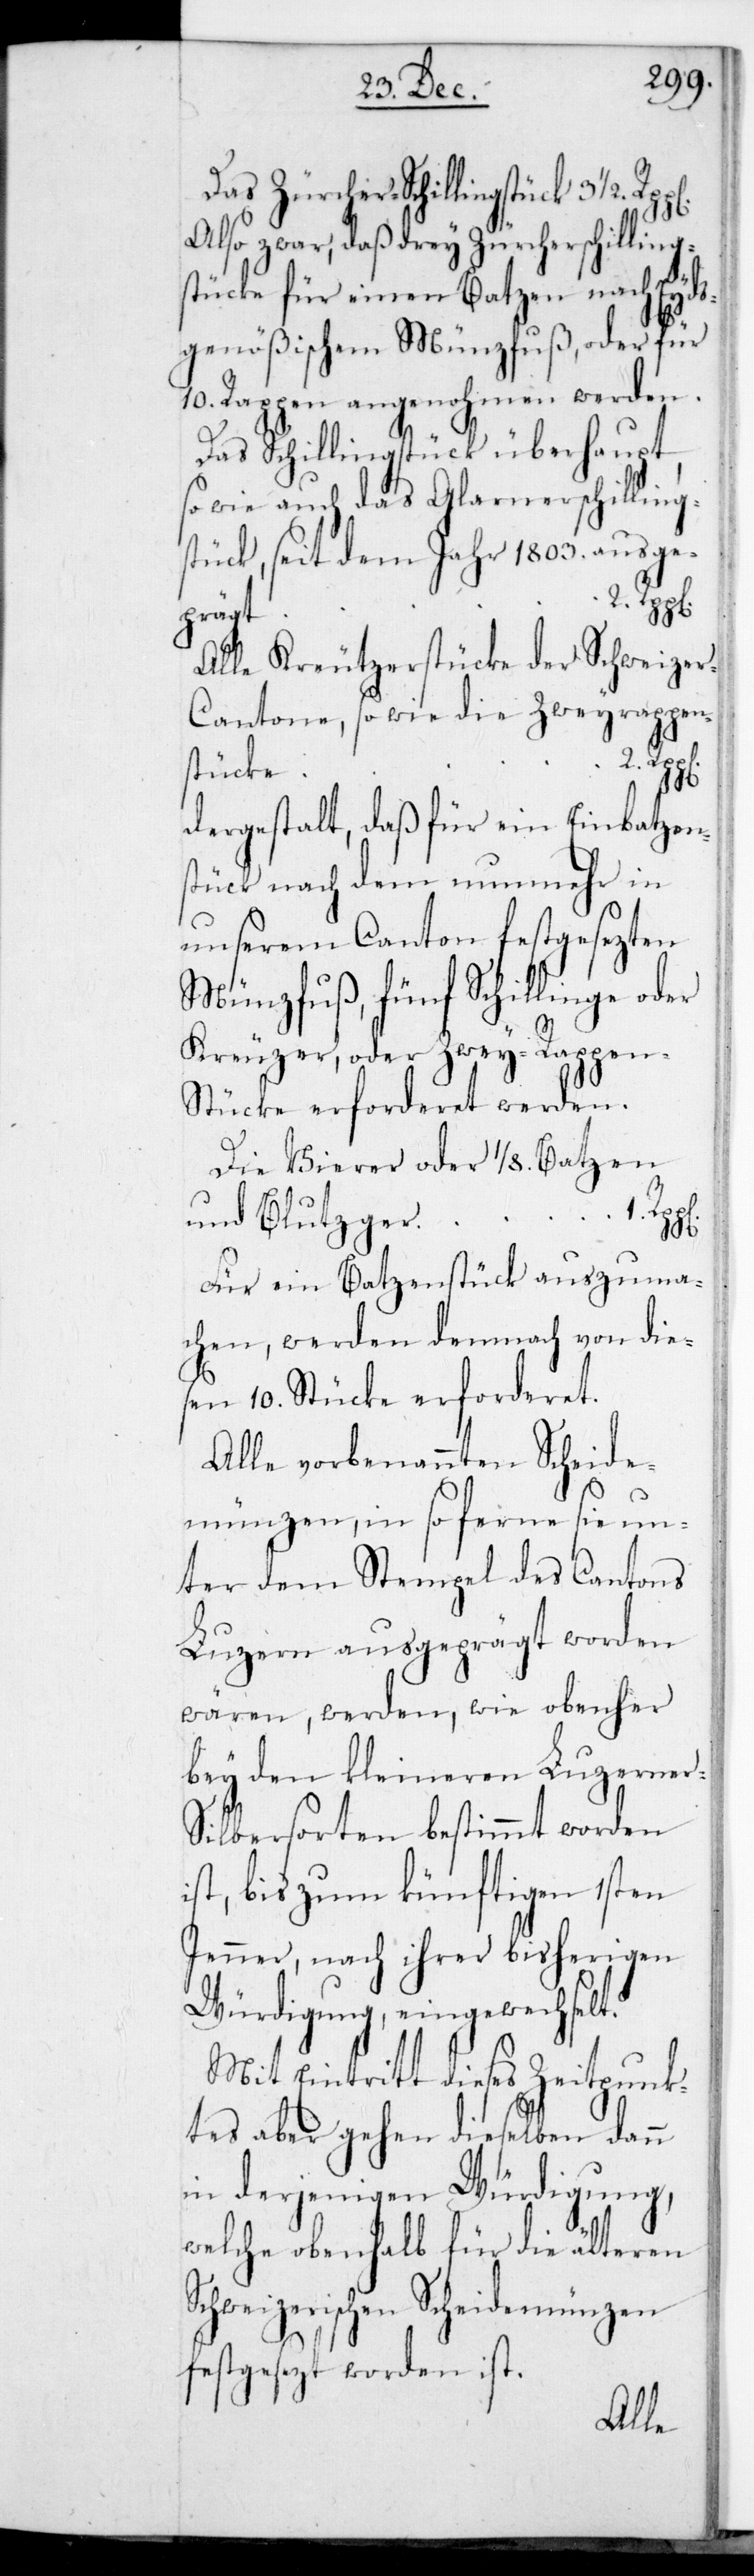
Das Zürcher-Schillingstück 3 1/2
Also zwar, daß drey Zürcherschilling¬
stücke für einen Batzen nach Eyds¬
genößischen Münzfuß, oder für
10. Rappen angenohmen werden.
Das Schillingstück überhaupt,
sowie auch das Glarnerschilling¬
stück, seit dem Jahr 1803. ausge¬
prägt,
Alle Kreutzerstücke der Schweize¬
r-Cantone, sowie die Zweyrappen¬
stücke
2.
dergestalt, daß für ein Einbatzen¬
stück nach dem nunmehr in
unserem Canton festgesetzten
Münzfuß, fünf Schillinge oder
Kreuzer oder Zweyrappen¬
stücke erforderet werden.
Die Vierer oder 1/8. Batzen
und Blutzger für
sc¬
Für ein Batzenstück auszuma¬
chen, werden demnach von die¬
sen 10. Stücke erforderet.
Alle vorbenannten Scheide¬
münzen, in so ferne sie un¬
ter dem Stempel des Cantons
Luzern ausgeprägt worden
wären, werden wie obenher
bey den kleineren Luzerner-S¬
ilbersorten bestimmt worden
st, bis zum könftigen 1sten
Jenner, nach ihrer bisherigen
Würdigung eingewechselt.
Mit Eintritt dieses Zeitpunk¬
tes aber gehen dieselben dann
in derjenigen Würdigung,
welche obenhalb für die älteren
hweizerischen Scheidemünzen
festgesetzt worden ist.